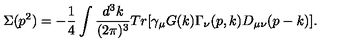
\Sigma ( p ^ { 2 } ) = - \frac { 1 } { 4 } \int \frac { d ^ { 3 } k } { ( 2 \pi ) ^ { 3 } } T r \lbrack \gamma _ { \mu } G ( k ) \Gamma _ { \nu } ( p , k ) D _ { \mu \nu } ( p - k ) \rbrack .